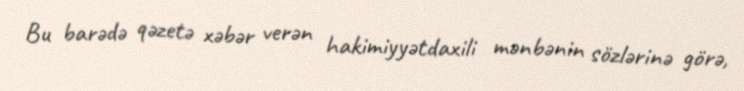
Bu barədə qəzetə xəbər verən hakimiyyətdaxili mənbənin sözlərinə görə,